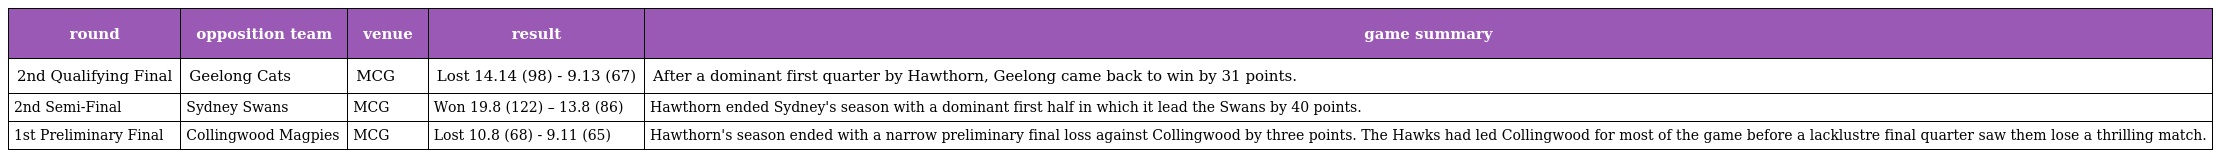
| round | opposition team | venue | result | game summary |
 | --- | --- | --- | --- | --- |
 | 2nd Qualifying Final | Geelong Cats | MCG | Lost 14.14 (98) - 9.13 (67) | After a dominant first quarter by Hawthorn, Geelong came back to win by 31 points. |
 | 2nd Semi-Final | Sydney Swans | MCG | Won 19.8 (122) – 13.8 (86) | Hawthorn ended Sydney's season with a dominant first half in which it lead the Swans by 40 points. |
 | 1st Preliminary Final | Collingwood Magpies | MCG | Lost 10.8 (68) - 9.11 (65) | Hawthorn's season ended with a narrow preliminary final loss against Collingwood by three points. The Hawks had led Collingwood for most of the game before a lacklustre final quarter saw them lose a thrilling match. |